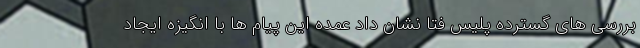
بررسی های گسترده پلیس فتا نشان داد عمده این پیام ها با انگیزه ایجاد